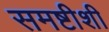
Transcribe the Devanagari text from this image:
समष्टीशी